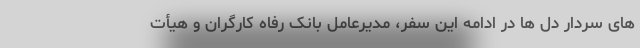
های سردار دل ها در ادامه این سفر، مدیرعامل بانک رفاه کارگران و هیأت